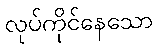
လုပ်ကိုင်နေသော